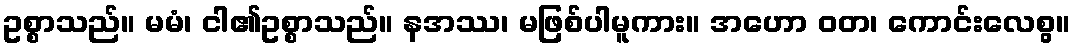
ဥစ္စာသည်။ မမံ၊ ငါ၏ဥစ္စာသည်။ နအဿ၊ မဖြစ်ပါမူကား။ အဟော ဝတ၊ ကောင်းလေစွ။